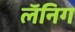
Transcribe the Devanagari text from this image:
लॅनिग